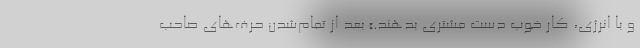
و با انرژی، کار خوب دست مشتری بدهند.» بعد از تمام‌شدن حرف‌های صاحب